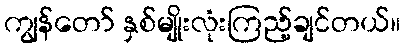
ကျွန်တော် နှစ်မျိုးလုံးကြည့်ချင်တယ်။